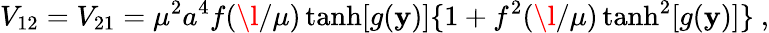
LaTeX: V_{12}=V_{21}=\mu^{2}a^{4}f(\l/\mu)\operatorname{tanh}[g(\mathbf{y})]\{ 1+f^{2}(\l/\mu)\operatorname{tanh}^{2}[g(\mathbf{y})]\} ~,